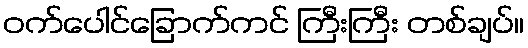
ဝက်ပေါင်ခြောက်ကင် ကြီးကြီး တစ်ချပ်။